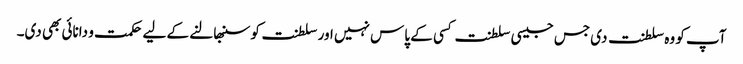
آپ کو وہ سلطنت دی جس جیسی سلطنت کسی کے پاس نہیں اور سلطنت کو سنبھالنے کے لیے حکمت و دانائی بھی دی۔